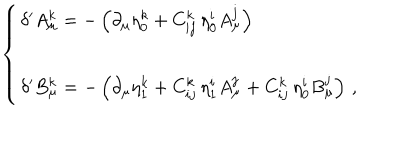
\left\{ \begin{array} { l } { { \delta ^ { \prime } A _ { \mu } ^ { k } = - \left( \partial _ { \mu } \eta _ { 0 } ^ { k } + C _ { i j } ^ { k } \, \eta _ { 0 } ^ { i } A _ { \mu } ^ { j } \right) } } \\ { { \delta ^ { \prime } B _ { \mu } ^ { k } = - \left( \partial _ { \mu } \eta _ { 1 } ^ { k } + C _ { i j } ^ { k } \, \eta _ { 1 } ^ { i } A _ { \mu } ^ { j } + C _ { i j } ^ { k } \, \eta _ { 0 } ^ { i } B _ { \mu } ^ { j } \right) \, , } } \\ \end{array} \right.